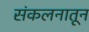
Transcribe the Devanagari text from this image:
संकलनातून